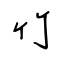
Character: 竹